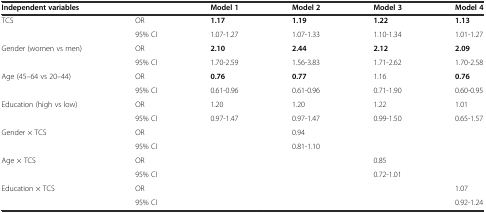
| <COLSPAN=2> Independent variables | Model 1 | Model 2 | Model 3 | Model 4 |
 | --- | --- | --- | --- | --- | --- |
 | <ROWSPAN=2> TCS | OR | 1.17 | 1.19 | 1.22 | 1.13 |
 | 95% CI | 1.07-1.27 | 1.07-1.33 | 1.10-1.34 | 1.01-1.27 |
 | <ROWSPAN=2> Gender (women vs men) | OR | 2.10 | 2.44 | 2.12 | 2.09 |
 | 95% CI | 1.70-2.59 | 1.56-3.83 | 1.71-2.62 | 1.70-2.58 |
 | <ROWSPAN=2> Age (45–64 vs 20–44) | OR | 0.76 | 0.77 | 1.16 | 0.76 |
 | 95% CI | 0.61-0.96 | 0.61-0.96 | 0.71-1.90 | 0.60-0.95 |
 | <ROWSPAN=2> Education (high vs low) | OR | 1.20 | 1.20 | 1.22 | 1.01 |
 | 95% CI | 0.97-1.47 | 0.97-1.47 | 0.99-1.50 | 0.65-1.57 |
 | <ROWSPAN=2> Gender × TCS | OR |  | 0.94 |  |  |
 | 95% CI |  | 0.81-1.10 |  |  |
 | <ROWSPAN=2> Age × TCS | OR |  |  | 0.85 |  |
 | 95% CI |  |  | 0.72-1.01 |  |
 | <ROWSPAN=2> Education × TCS | OR |  |  |  | 1.07 |
 | 95% CI |  |  |  | 0.92-1.24 |